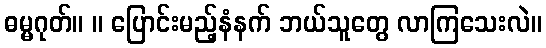
ဓမ္မဂုတ်။ ။ ပြောင်းမည့်နံနက် ဘယ်သူတွေ လာကြသေးလဲ။